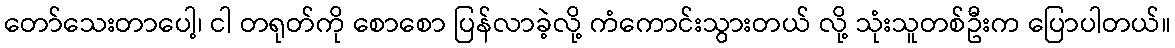
တော်သေးတာပေါ့၊ ငါ တရုတ်ကို စောစော ပြန်လာခဲ့လို့ ကံကောင်းသွားတယ် လို့ သုံးသူတစ်ဦးက ပြောပါတယ်။